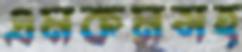
এমকমসহ